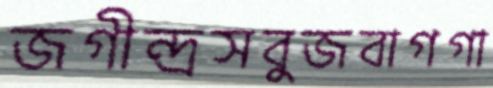
জগীন্দ্রসবুজবাগগা